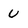
Character: U